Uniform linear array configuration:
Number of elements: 16
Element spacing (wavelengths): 0.25
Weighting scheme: uniform
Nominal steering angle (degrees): -30
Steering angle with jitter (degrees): -31.696
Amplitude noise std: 0.05
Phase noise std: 0.05

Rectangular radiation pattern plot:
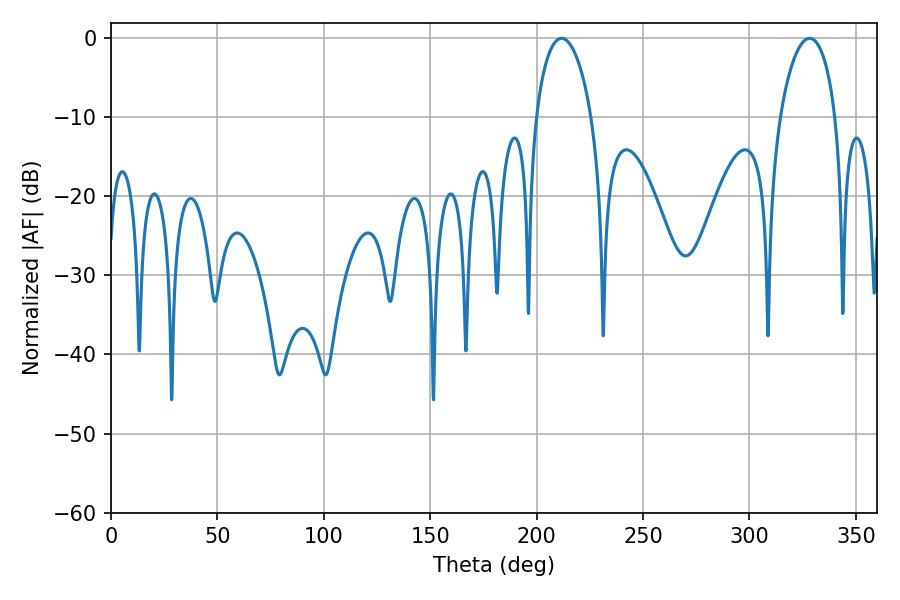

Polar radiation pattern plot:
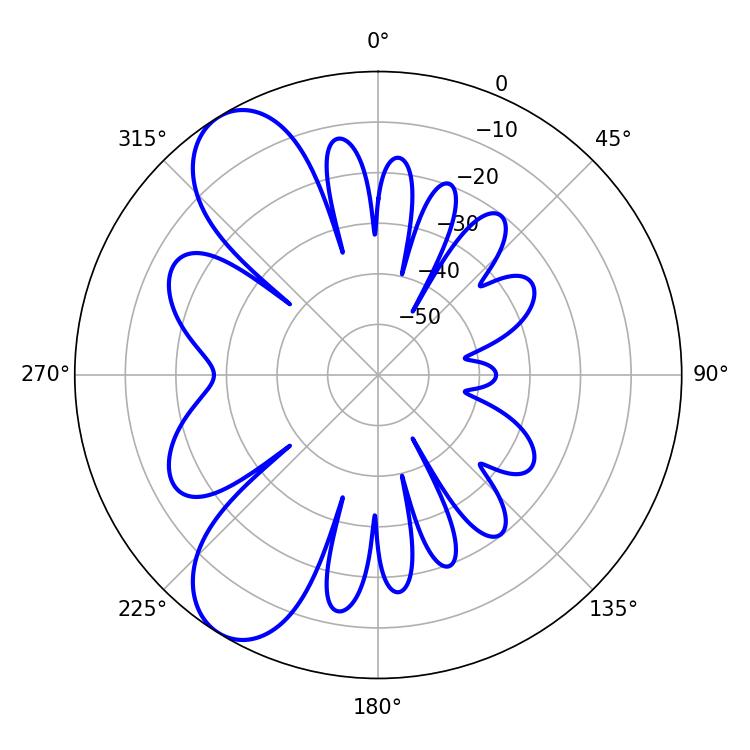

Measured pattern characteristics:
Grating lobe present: FALSE
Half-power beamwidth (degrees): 14.94
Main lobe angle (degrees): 211.68